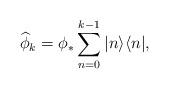
LaTeX: \begin{align*}\widehat{\phi}_k=\phi_*\sum_{n=0}^{k-1}|n\rangle\langle n|, \end{align*}